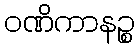
ဝဏိကာနဉ္စ